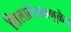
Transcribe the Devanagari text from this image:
शिलालेखामुळेच